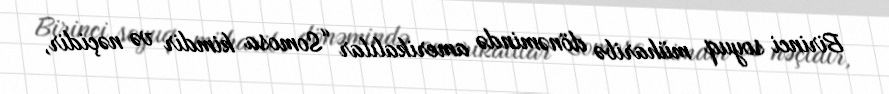
Birinci soyuq müharibə dönəmində amerikalılar “Somosa kimdir və nəçidir,